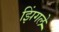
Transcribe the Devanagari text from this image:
झिंगले